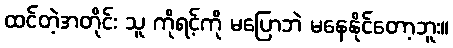
ထင်တဲ့အတိုင်း သူ ကိုရင့်ကို မပြောဘဲ မနေနိုင်တော့ဘူး။